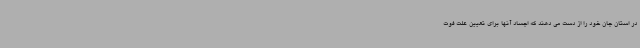
در استان جان خود را از دست می دهند که اجساد آنها برای تعیین علت فوت